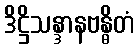
ဒိဋ္ဌိသန္ဒာနဗန္ဓိတံ